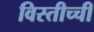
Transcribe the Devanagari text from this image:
विस्तीच्ची